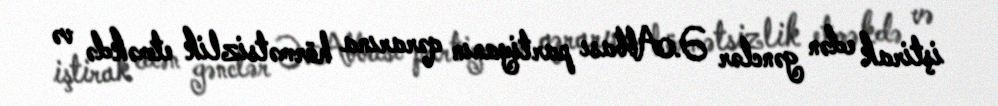
iştirak edən gənclər Ə.Abbası partiyanın qərarına hörmətsizlik etməkdə və